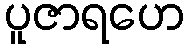
ပူဇာရဟေ